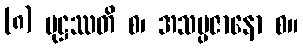
(၈) မုဋ္ဌဿတိ စ၊ အသမ္ပဇာနော စ။